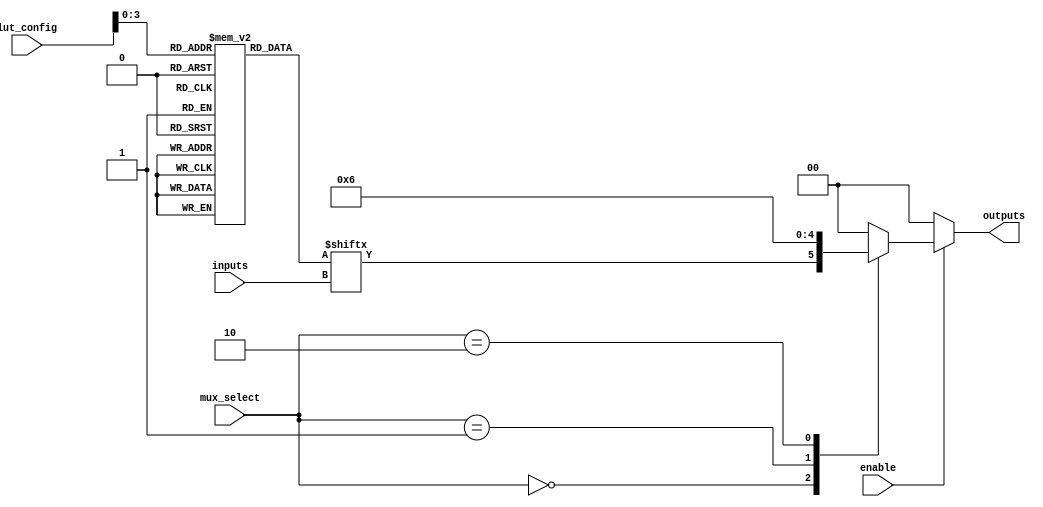
module combinational_logic_block #(
    parameter NUM_INPUTS = 4,
    parameter LUT_SIZE = 16
)(
    input wire [NUM_INPUTS-1:0] inputs,               // Input lines
    input wire [LUT_SIZE-1:0] lut_config,             // Configuration for LUT
    input wire [1:0] mux_select,                       // MUX selection
    input wire enable,                                  // Control signal to enable output
    output wire [1:0] outputs                          // Output lines (2 outputs for this example)
);

    // Internal signals
    wire lut_output;                                   // LUT output
    wire [1:0] mux_out;                               // MUX output

    // LUT implementation using an array
    reg [NUM_INPUTS-1:0] lut [0:LUT_SIZE-1];         // LUT array
    initial begin
        // Initialize LUT with example configurations (can be reprogrammed)
        lut[0] = 4'b0000; // Example for 0
        lut[1] = 4'b0001; // Example for 1
        lut[2] = 4'b0010; // Example for 2
        // ... Initialize other LUT entries as needed
        lut[15] = 4'b1111; // Example for 15
    end

    // Generate LUT output based on configuration
    assign lut_output = lut[lut_config][inputs];

    // MUX implementation to select between two outputs
    always @(*) begin
        case (mux_select)
            2'b00: mux_out = {lut_output, 1'b0};     // Output from LUT
            2'b01: mux_out = 2'b01;                  // Fixed output
            2'b10: mux_out = 2'b10;                  // Another fixed output
            default: mux_out = 2'b00;                 // Default output
        endcase
    end

    // Output assignments with enable control
    assign outputs = enable ? mux_out : 2'b00;      // If enable is low, output is zero

endmodule